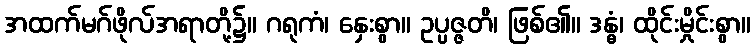
အထက်မဂ်ဖိုလ်အရာတို့၌။ ဂရုကံ၊ နှေးစွာ။ ဥပ္ပဇ္ဇတိ၊ ဖြစ်၏။ ဒန္ဓံ၊ ထိုင်းမှိုင်းစွာ။